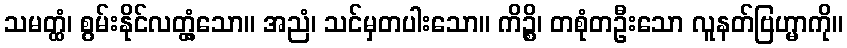
သမတ္ထံ၊ စွမ်းနိုင်လတ္တံ့သော။ အညံ၊ သင်မှတပါးသော။ ကိဉ္စိ၊ တစုံတဦးသော လူနတ်ဗြဟ္မာကို။